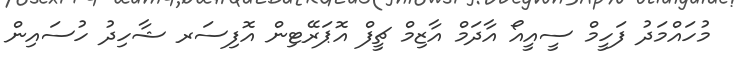
މުހައްމަދު ފަހީމް ސީއީއޯ އާދަމް އާޒިމް ޗީފް އޮޕަރޭޓިން އޮފިސަރ ޝާހިދު ހުސައިން